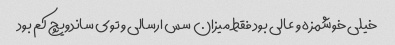
خیلی خوشمزه و عالی بود فقط میزان سس ارسالی و توی ساندویچ کم بود